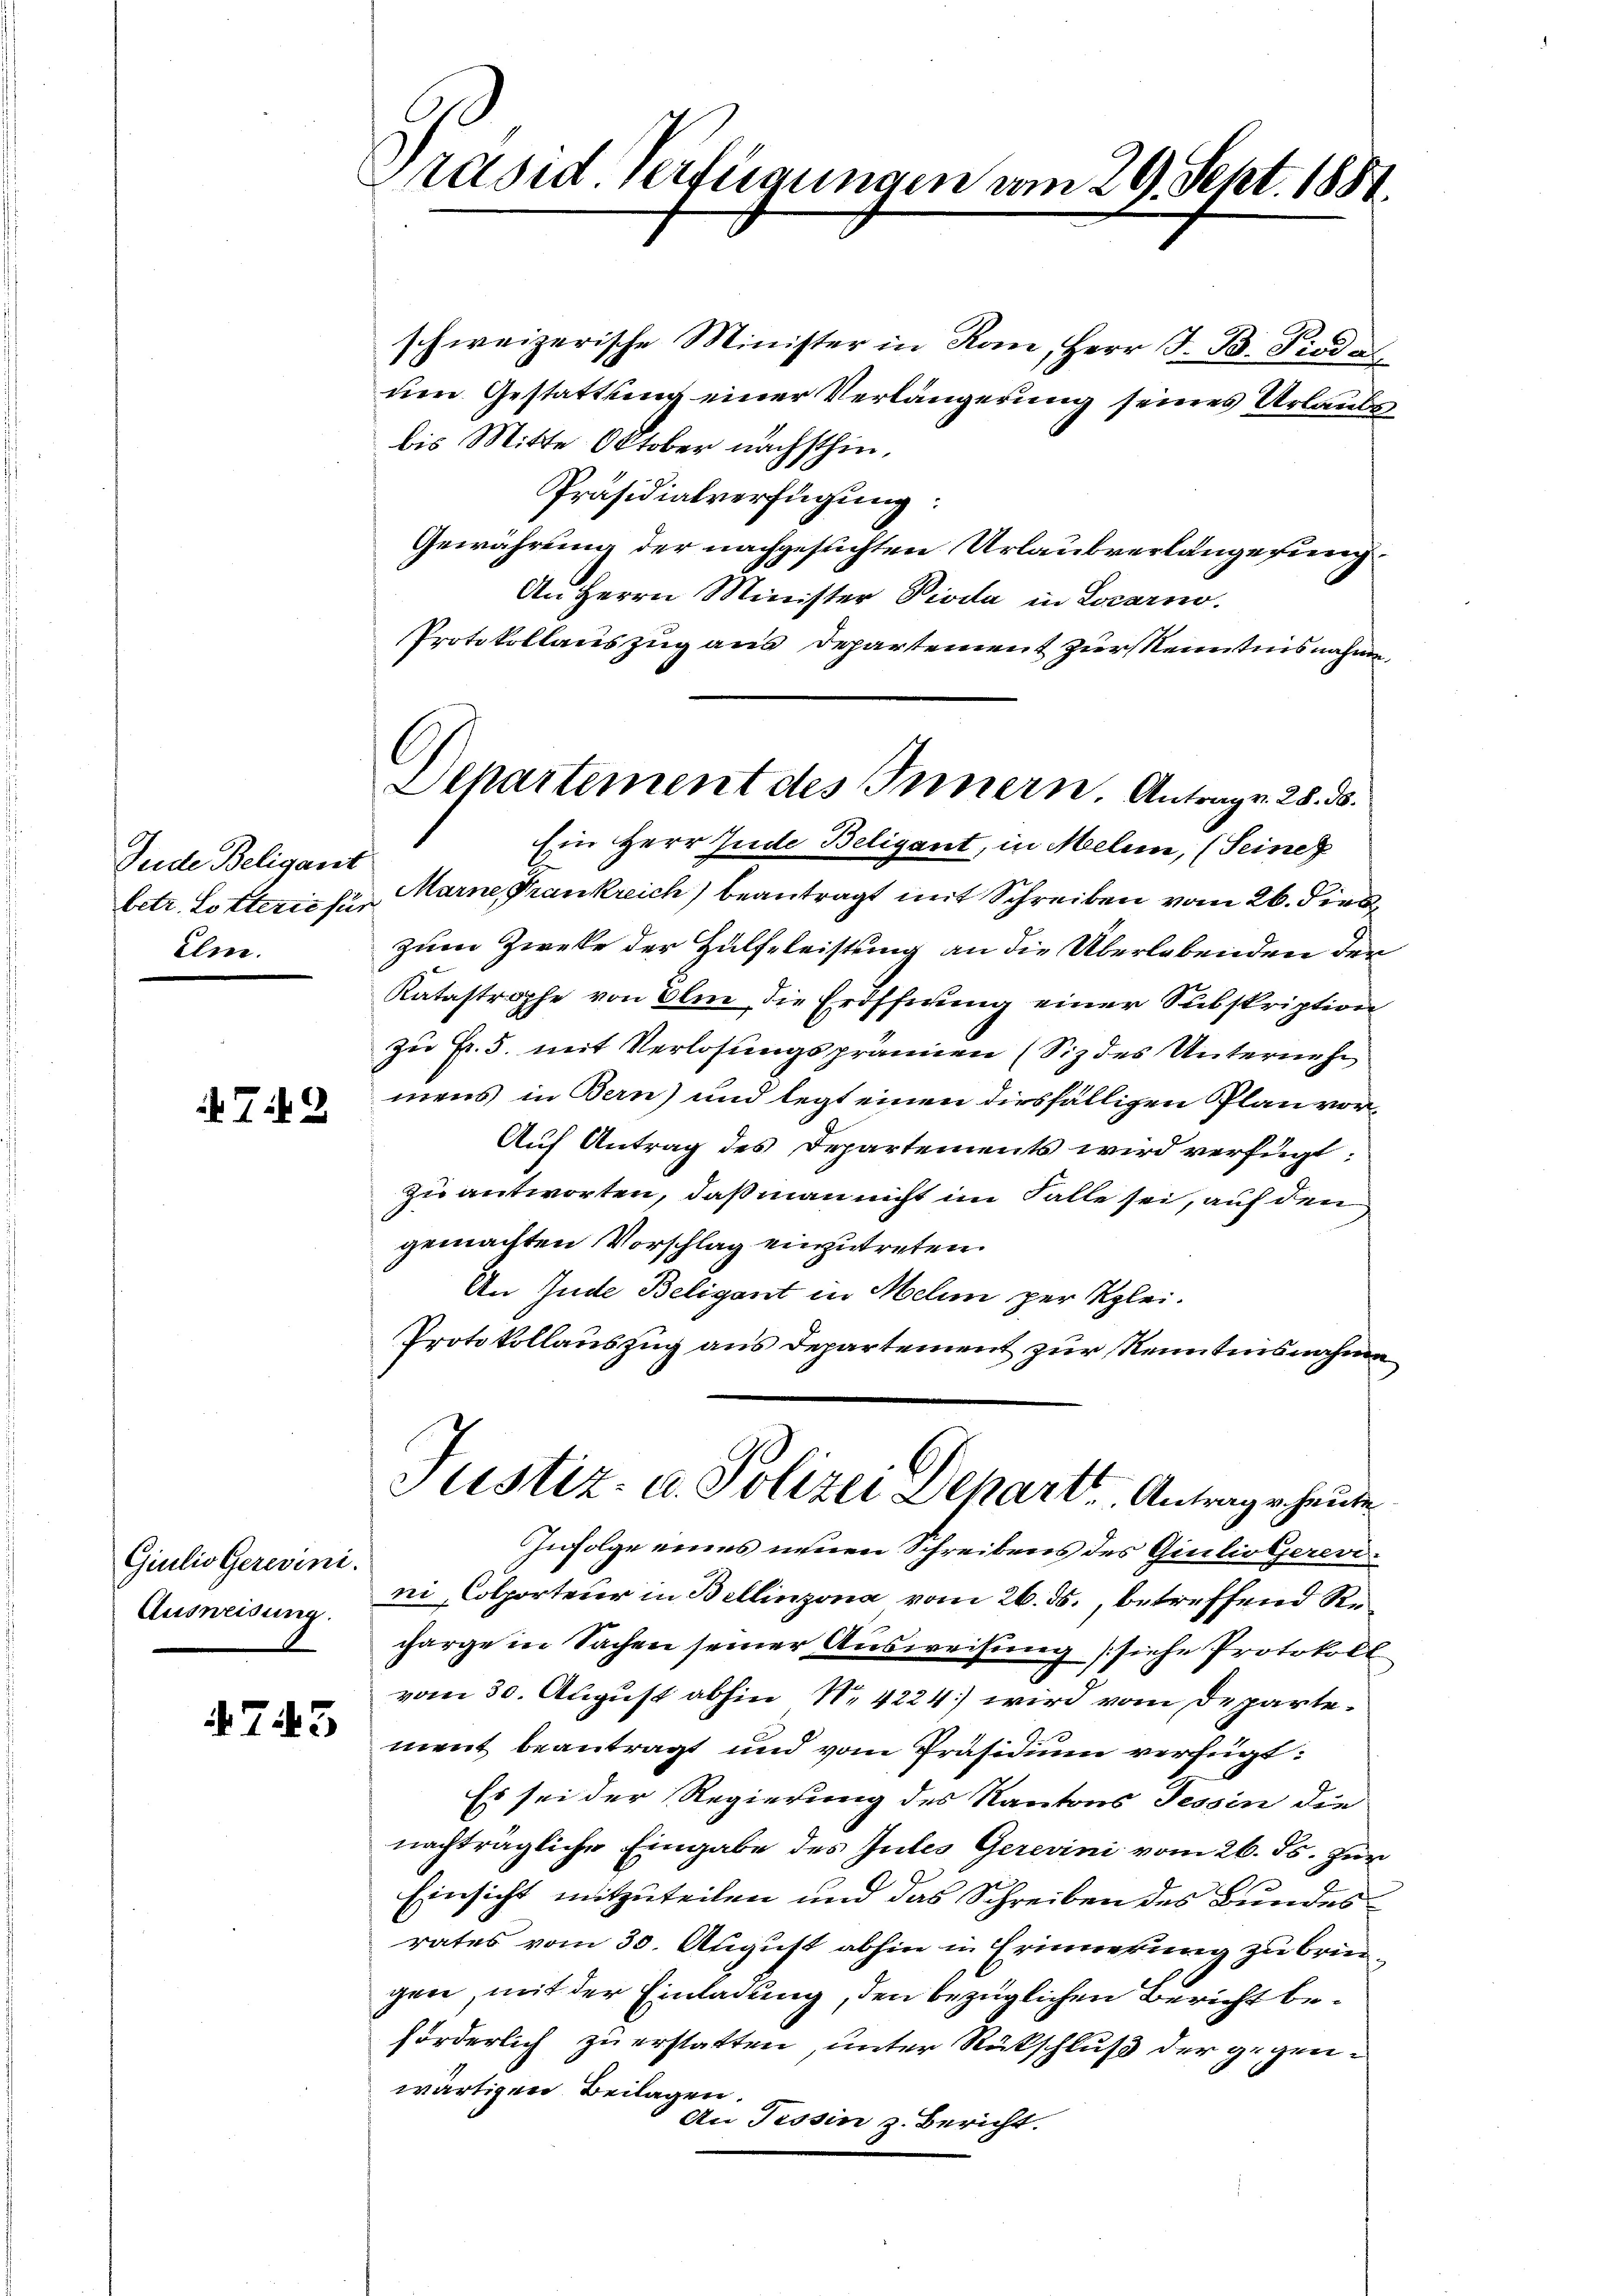
Jede Beligant
betr. Lotterie für
Elm.

79

Giulio Gerevini
Ausweisung.

743

Präsid verfügungen vom 29. Sept. 1881.

Dehartement des Innern Antrag. 28. ds.

schweizerische Minister in Kan, Herr J. B. Pied al
um Gestattung einer Verlängerung seines Urlaubs
bis Mitte Oktober nächsthin.
Präsidialverfügung:
Gewährung der nachgesuchten Urlaubverlangesung
An Herrn Minister Pioda in Locarno.
Protokollauszug aus Departement zur Kenntnisnahme.
Ein Herr Inde Beligant, in Melin, (Seiner
Marne Frankreich) beantragt mit Schreiben vom 26. dies
zum Zwecke der Hülfeleistung an die Überlebenden der
Katastrophe von Olm, die Eröffnung einer Subskription
zu Fr. 5. mit Verlosungsprämien (Siz des Unternehm
mens in Bern) und legt einen diesfälligen Plan vor¬
Auf Antrag des Departements wird verfügt:
zu antworten, daß man nicht im Falle sei, auf den
gemachten Vorschlag einzutreten.
An Inde Beligant in Melin per Klei¬
Protokollauszug aus Departement zur Kenntnisnahme

Justiz- u. Polizei Departe Antrage heute

Infolge eines neuen Schreibens des Giulioljerevini, Colporteur in Bellinzona vom 26. ds., betreffend Recharge in Sachen seiner Ausweisung (siehe Protokoll
vom 30. August abhin N. 4224) wird vom Departement beantragt und vom Präsidium verfügt:
Es sei der Regierung des Kantons Tessin die
nachträgliche Eingabe des Gutes Gerevini vom 26. ds. zur
Einsicht mitzuteilen und das Schreiben des Bundes
rates vom 30. August abhin in Erinnerung zu bringen, mit der Einladung, den bezüglichen Bericht beförderlich zu erstatten, unter Rückschluß der gegenwärtigen Beilagen.
An Tessin z. Bericht.